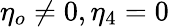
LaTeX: \eta_{o}\neq 0,\eta_{4}=0